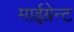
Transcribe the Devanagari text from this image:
माईग्रेन्ट